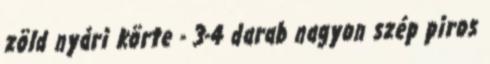
zöld nyári körte - 3-4 darab nagyon szép piros